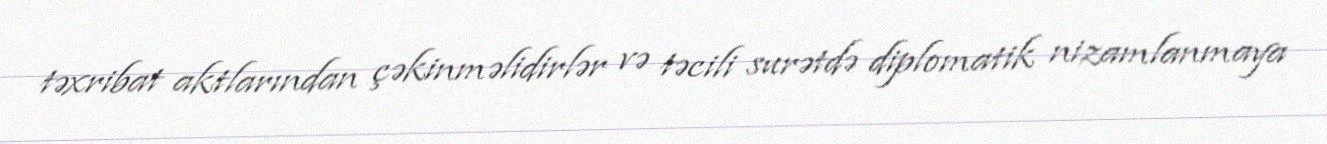
təxribat aktlarından çəkinməlidirlər və təcili surətdə diplomatik nizamlanmaya